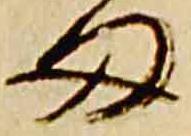
雨